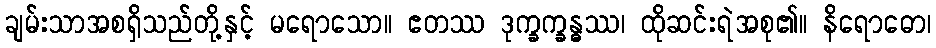
ချမ်းသာအစရှိသည်တို့နှင့် မရောသော။ ဧတဿ ဒုက္ခက္ခန္ဓဿ၊ ထိုဆင်းရဲအစု၏။ နိရောဓော၊